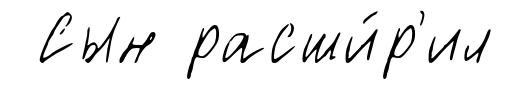
Сын расши́р'ил